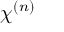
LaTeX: \chi ^ { ( n ) }